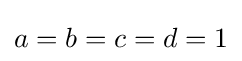
a=b=c=d=1